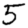
Digit: 5